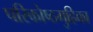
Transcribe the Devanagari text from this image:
परिकोष्ठगुहिका